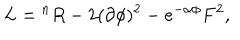
L = { } ^ { n } R - 2 ( \partial \phi ) ^ { 2 } - e ^ { - \alpha \phi } F ^ { 2 } ,